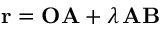
\mathbf { r } = \mathbf { O A } + \lambda \, \mathbf { A B }